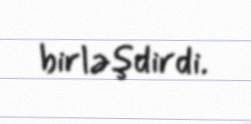
birləşdirdi.